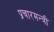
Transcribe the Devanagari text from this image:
प्रचारमन्त्री